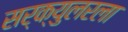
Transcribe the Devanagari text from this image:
सर्क्युलरला